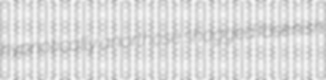
hypnotically anorthose shagged Ibsenish